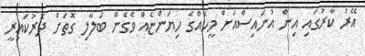
އޭރު ކާރުގައި އިން އުނައިސްއަށް މީހެއްގެ ހިޔަންޏެއް ވެގެން ބަލާލި ގޮތަށް ދޮރުކައިރީ